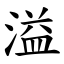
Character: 溢